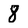
Character: 8